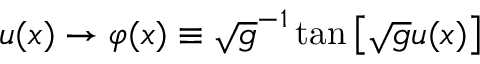
u ( x ) \rightarrow \varphi ( x ) \equiv \sqrt { g } ^ { - 1 } \tan \left[ \sqrt { g } u ( x ) \right]